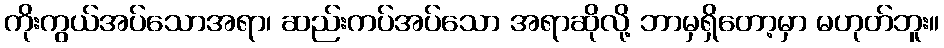
ကိုးကွယ်အပ်သောအရာ၊ ဆည်းကပ်အပ်သော အရာဆိုလို့ ဘာမှရှိတော့မှာ မဟုတ်ဘူး။